Plague in India, 1896, 1897 - Volume 3
Year: 1896
Disease focus: Plague
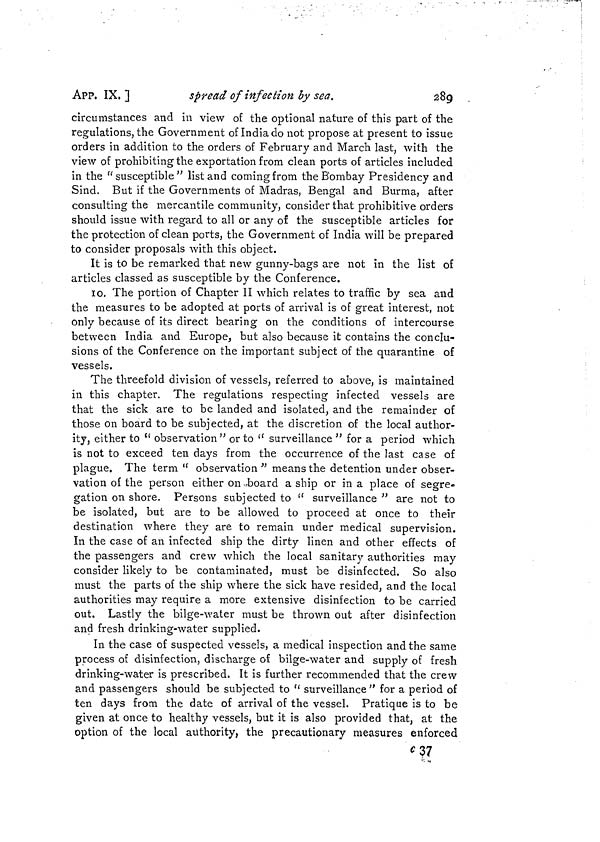
APP. IX. ]
spread of infection by sea.
289
circumstances and in view of the optional nature of this part of the
regulations, the Government of India do not propose at present to issue
orders in addition to the orders of February and March last, with the
view of prohibiting the exportation from clean ports of articles included
in the "susceptible" list and coming from the Bombay Presidency and
Sind. But if the Governments of Madras, Bengal and Burma, after
consulting the mercantile community, consider that prohibitive orders
should issue with regard to all or any of the susceptible articles for
the protection of clean ports, the Government of India will be prepared
to consider proposals with this object.
It is to be remarked that new gunny-bags are not in the list of
articles classed as susceptible by the Conference.
10. The portion of Chapter II which relates to traffic by sea and
the measures to be adopted at ports of arrival is of great interest, not
only because of its direct bearing on the conditions of intercourse
between India and Europe, but also because it contains the conclu-
sions of the Conference on the important subject of the quarantine of
vessels.
The threefold division of vessels, referred to above, is maintained
in this chapter. The regulations respecting infected vessels are
that the sick are to be landed and isolated, and the remainder of
those on board to be subjected, at the discretion of the local author-
ity, either to "observation" or to "surveillance" for a period which
is not to exceed ten days from the occurrence of the last case of
plague. The term "observation" means the detention under obser-
vation of the person either on board a ship or in a place of segre-
gation on shore. Persons subjected to "surveillance" are not to
be isolated, but are to be allowed to proceed at once to their
destination where they are to remain under medical supervision.
In the case of an infected ship the dirty linen and other effects of
the passengers and crew which the local sanitary authorities may
consider likely to be contaminated, must be disinfected. So also
must the parts of the ship where the sick have resided, and the local
authorities may require a more extensive disinfection to be carried
out. Lastly the bilge-water must be thrown out after disinfection
and fresh drinking-water supplied.
In the case of suspected vessels, a medical inspection and the same
process of disinfection, discharge of bilge-water and supply of fresh
drinking-water is prescribed. It is further recommended that the crew
and passengers should be subjected to "surveillance" for a period of
ten days from the date of arrival of the vessel. Pratique is to be
given at once to healthy vessels, but it is also provided that, at the
option of the local authority, the precautionary measures enforced
c 37